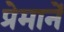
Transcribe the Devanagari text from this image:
प्रेमानें